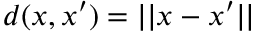
d ( x , x ^ { \prime } ) = | | x - x ^ { \prime } | |